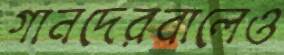
গানদেরবালেও